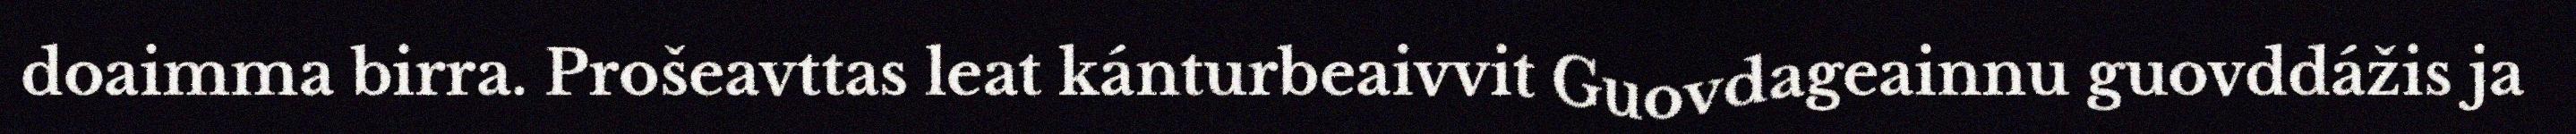
doaimma birra. Prošeavttas leat kánturbeaivvit Guovdageainnu guovddážis ja